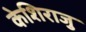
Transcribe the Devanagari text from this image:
केशिराजु